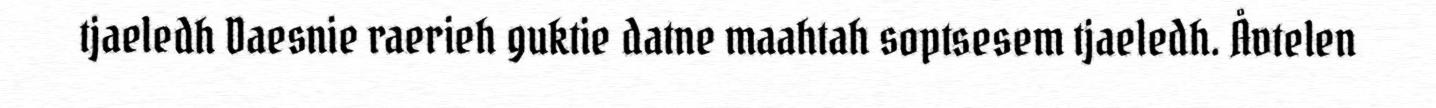
tjaeledh Daesnie raerieh guktie datne maahtah soptsesem tjaeledh. Åvtelen